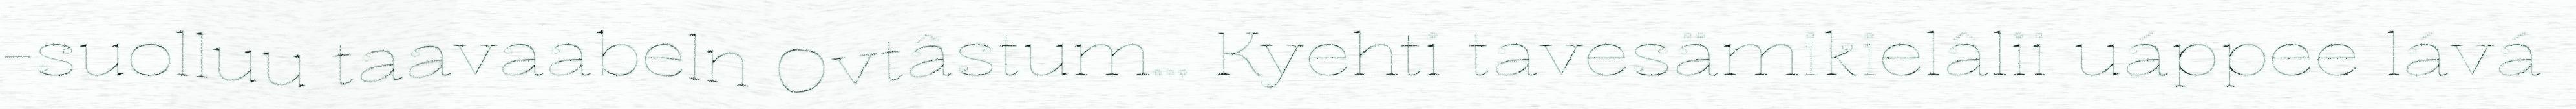
-suolluu taavaabeln Ovtâstum... Kyehti tavesämikielâlii uáppee lává